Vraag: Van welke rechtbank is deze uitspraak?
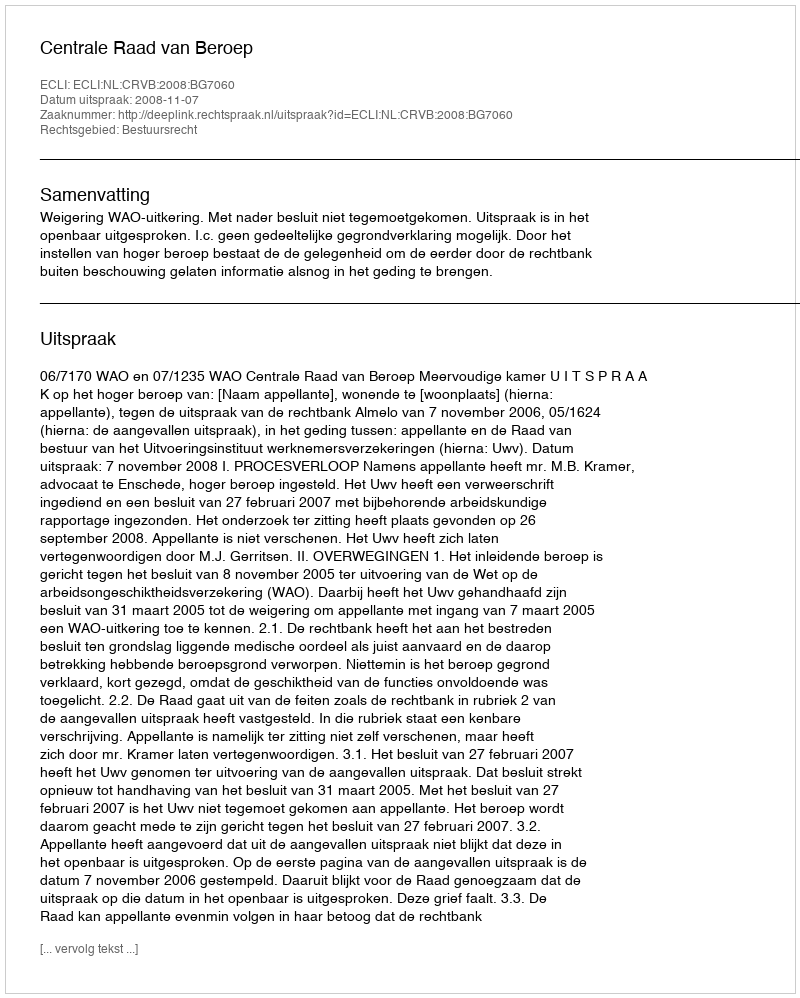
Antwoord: Centrale Raad van Beroep